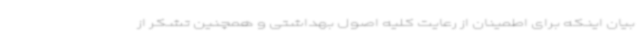
بیان اینکه برای اطمینان از رعایت کلیه اصول بهداشتی و همچنین تشکر از